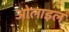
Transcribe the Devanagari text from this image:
ओलाइल